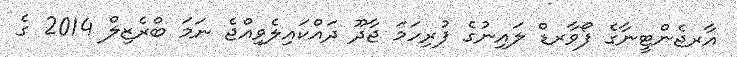
އާރޖެންޓީނާގެ ފޯވާރޑް ލައިނުގެ ފުރިހަމަ ޖާދޫ ދައްކައިލެވިއްޖެ ނަމަ ބްރެޒިލް 2014 ގެ